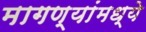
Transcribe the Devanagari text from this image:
मागण्यांमध्ये